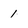
Character: 1